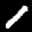
Label: 1